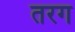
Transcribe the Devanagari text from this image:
तरग